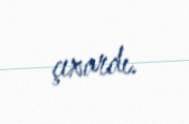
çıxardı.